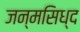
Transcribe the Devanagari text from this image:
जन्मसिध्द